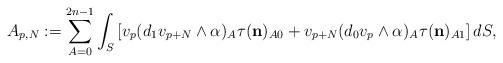
LaTeX: \begin{align*} A_{p,N}:=\sum_{A=0}^{2n-1} \int_S \left[v_p(d_1v_{p+N}\wedge\alpha)_A \tau( \mathbf{{n}})_{A0}+v_{p+N} (d_0 v_p\wedge\alpha)_A \tau( \mathbf{{n}})_{A1}\right]dS, \end{align*}